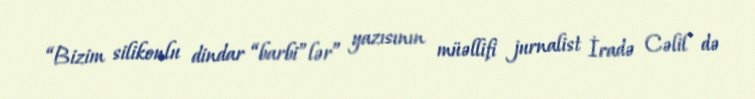
“Bizim silikonlu dindar “barbi”lər” yazısının müəllifi jurnalist İradə Cəlil də